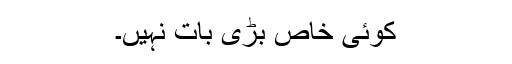
کوئی خاص بڑی بات نہیں۔